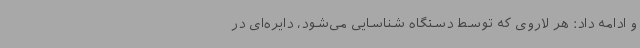
و ادامه داد: هر لاروی که توسط دستگاه شناسایی می‌شود، دایره‌ای در